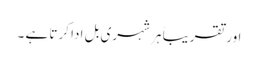
اور تقریباً ہر شہری بل ادا کرتا ہے ۔